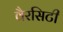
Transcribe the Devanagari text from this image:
वैरसिटी